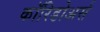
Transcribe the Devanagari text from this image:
कॉरिडोअर्स